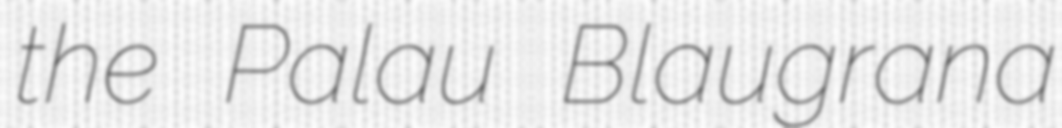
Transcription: the Palau Blaugrana